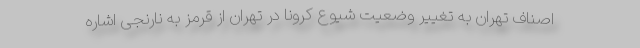
اصناف تهران به تغییر وضعیت شیوع کرونا در تهران از قرمز به نارنجی اشاره